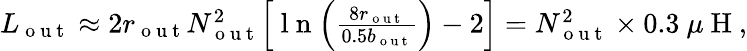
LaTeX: \begin{array}{r}{L_{\mathrm{~o~u~t~}}\approx 2r_{\mathrm{~o~u~t~}}N_{\mathrm{~o~u~t~}}^{2}\Big[\mathrm{~l~n~}\Big(\frac{8r_{\mathrm{~o~u~t~}}}{0.5b_{\mathrm{~o~u~t~}}}\Big)-2\Big]=N_{\mathrm{~o~u~t~}}^{2}\times 0.3~\mu\mathrm{~H~},}\end{array}